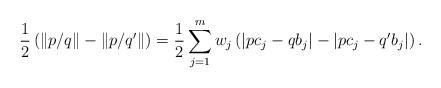
LaTeX: \begin{align*}\frac{1}{2} \left( \left\| p/q \right\| - \left\| p /q' \right\| \right) =\frac{1}{2} \sum_{j=1}^{m} w_j \left( \left| p c_j - q b_j \right| - \left| p c_j - q' b_j \right| \right) .\end{align*}